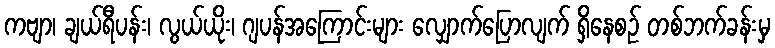
ကဗျာ၊ ချယ်ရီပန်း၊ လွယ်ယိုး၊ ဂျပန်အကြောင်းများ လျှောက်ပြောလျက် ရှိနေစဉ် တစ်ဘက်ခန်းမှ